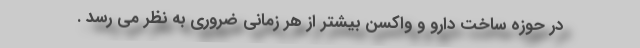
در حوزه ساخت دارو و واکسن بیشتر از هر زمانی ضروری به نظر می رسد .